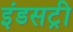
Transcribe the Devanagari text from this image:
इंडसट्री